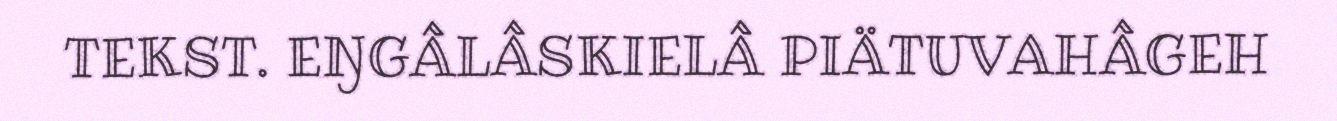
TEKST. EŊGÂLÂSKIELÂ PIÄTUVAHÂGEH